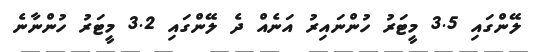
ލޭންގައި 3.5 މީޓަރު ހުންނައިރު އަނެއް ދެ ލޭންގައި 3.2 މީޓަރު ހުންނާނެ